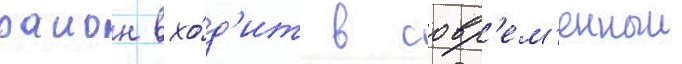
раион вхо́д'ит в совр'ем'енныи